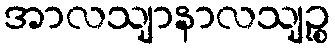
အာလသျာနာလသျဉ္စ